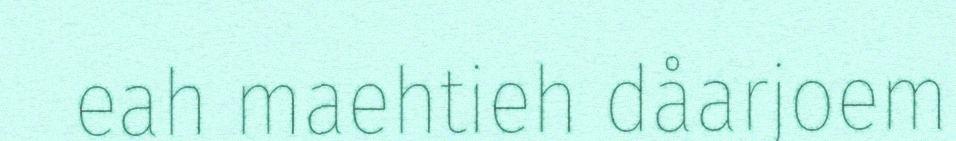
eah maehtieh dåarjoem